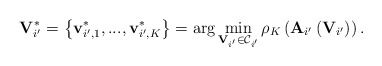
\begin{align*}\mathbf{V}_{i'}^{*}=\left\{ \mathbf{v}_{i',1}^{*},...,\mathbf{v}_{i',K}^{*}\right\} =\arg\min_{\mathbf{V}_{i'}\in\mathcal{C}_{i'}}\rho_{K}\left(\mathbf{A}_{i'}\left(\mathbf{V}_{i'}\right)\right).\end{align*}